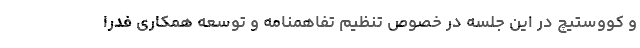
و کووستیچ در این جلسه در خصوص تنظیم تفاهمنامه و توسعه همکاری فدرا